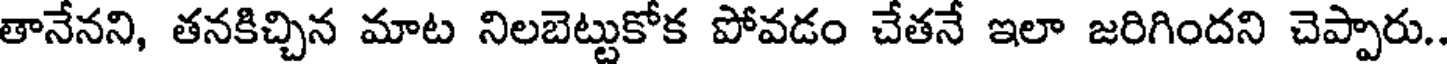
తానేనని, తనకిచ్చిన మాట నిలబెట్టుకోక పోవడం చేతనే ఇలా జరిగిందని చెప్పారు..